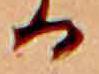
る